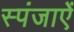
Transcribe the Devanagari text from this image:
स्पंजाऐं